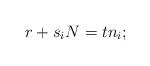
LaTeX: \begin{align*} r+s_iN=tn_i ; \end{align*}